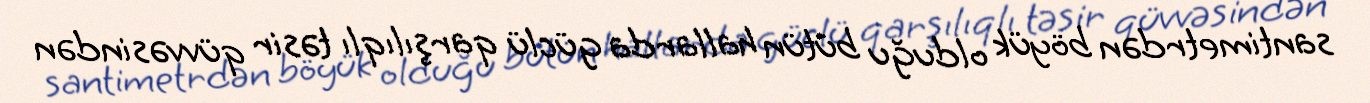
santimetrdən böyük olduğu bütün hallarda güclü qarşılıqlı təsir qüvvəsindən